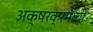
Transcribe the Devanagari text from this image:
अक्षरक्रमाची